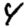
Digit: 4